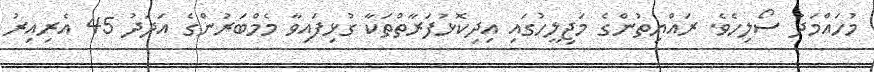
މުހައްމަދު ސޯލިހެވެ. ރައްޔިތުންގެ މަޖިލީހުގައި އިދިކޮޅުފަރާތްތަކާ ގުޅިފައިވާ މެމްބަރުންގެ އަދަދު 45 އެރިއިރު